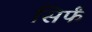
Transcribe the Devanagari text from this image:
सिर्फं